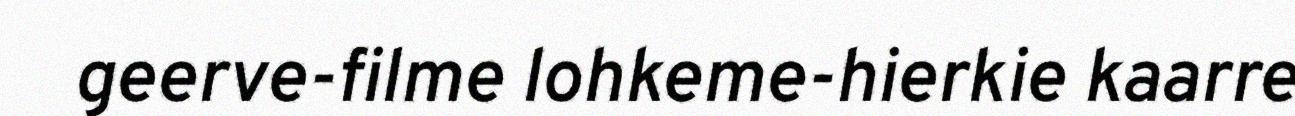
geerve-filme lohkeme-hierkie kaarre